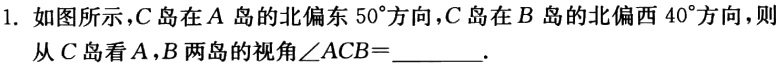
1. 如图所示，\(C\)岛在\(A\)岛的北偏东\(50^{\circ}\)方向，\(C\)岛在\(B\)岛的北偏西\(40^{\circ}\)方向，则从\(C\)岛看\(A\)，\(B\)两岛的视角\(\angle ACB = \underline{\quad\quad}\).